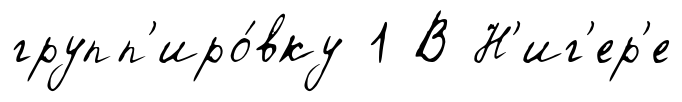
групп'иро́вку 1 В Н'иг'ер'е